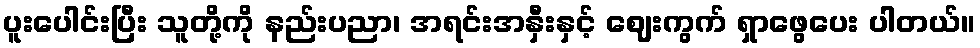
ပူးပေါင်းပြီး သူတို့ကို နည်းပညာ၊ အရင်းအနှီးနှင့် ဈေးကွက် ရှာဖွေပေး ပါတယ်။